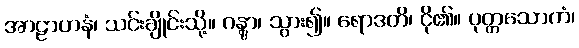
အာဠာဟနံ၊ သင်းချိုင်းသို့။ ဂန္တွာ၊ သွား၍။ ရောဒတိ၊ ငို၏။ ပုတ္တသောကံ၊